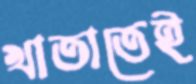
খাতাতেই